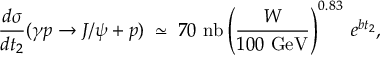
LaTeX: \frac { d \sigma } { d t _ { 2 } } ( \gamma p \rightarrow J / \psi + p ) \; \simeq \; 7 0 ~ \mathrm { n b } \left( \frac { W } { 1 0 0 ~ \mathrm { G e V } } \right) ^ { 0 . 8 3 } \: e ^ { b t _ { 2 } } ,